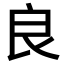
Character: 良